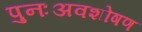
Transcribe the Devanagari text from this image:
पुनःअवशोषण